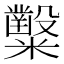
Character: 𥽦